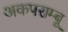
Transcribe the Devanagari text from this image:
अकपराम्बू